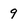
Character: 9